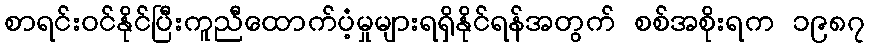
စာရင်းဝင်နိုင်ပြီးကူညီထောက်ပံ့မှုများရရှိနိုင်ရန်အတွက် စစ်အစိုးရက ၁၉၈၇